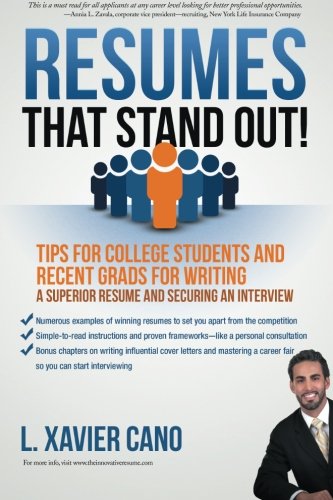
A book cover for Resumes That Stand Out!: Tips for College Students and Recent Grads for Writing a Superior Resume and Securing an Interview; L. Xavier Cano; Business & Money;